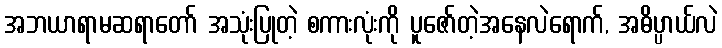
အဘယာရာမဆရာတော် အသုံးပြုတဲ့ စကားလုံးကို ပူဇော်တဲ့အနေလဲရောက်, အဓိပ္ပာယ်လဲ